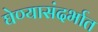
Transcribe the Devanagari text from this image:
घेण्यासंदर्भात